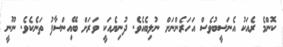
ކޮންމެ ރެއަކު އެނަސީބުވެސް އަހަރެންނަށް ނުލިބެއެވެ. ދުނިޔެއަކީ ވަރަށް ބޭއިންސާފު ތަނެކެވެ. ނޫނީ